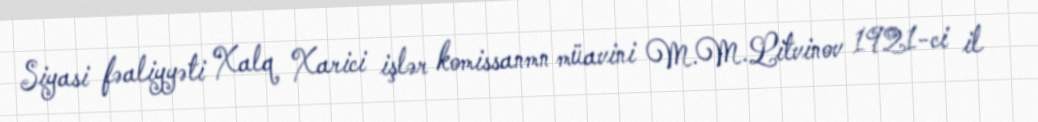
Siyasi fəaliyyəti Xalq Xarici işlər komissanmn müavini M.M.Litvinov 1921-ci il